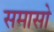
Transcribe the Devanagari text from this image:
समासो